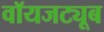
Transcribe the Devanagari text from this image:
वॉयजट्यूब